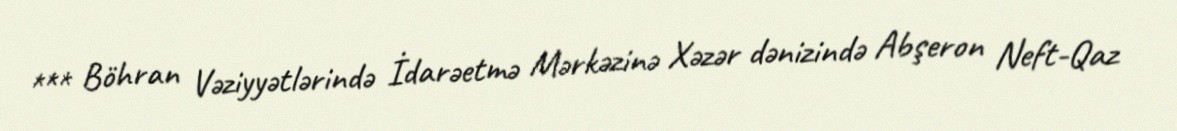
*** Böhran Vəziyyətlərində İdarəetmə Mərkəzinə Xəzər dənizində Abşeron Neft-Qaz